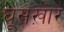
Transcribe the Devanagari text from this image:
घूसख़ोर